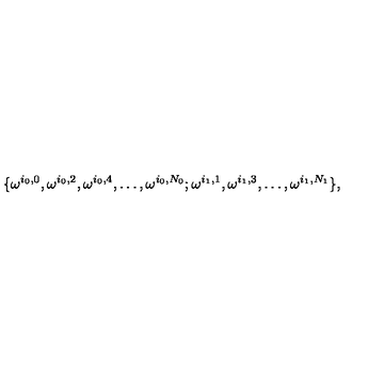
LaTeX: \{ \omega ^ { i _ { 0 } , 0 } , \omega ^ { i _ { 0 } , 2 } , \omega ^ { i _ { 0 } , 4 } , \ldots , \omega ^ { i _ { 0 } , N _ { 0 } } ; \omega ^ { i _ { 1 } , 1 } , \omega ^ { i _ { 1 } , 3 } , \ldots , \omega ^ { i _ { 1 } , N _ { 1 } } \} ,